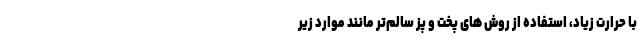
با حرارت زیاد، استفاده از روش های پخت و پز سالم‌تر مانند موارد زیر